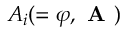
A _ { i } ( = \varphi , \textbf { A } )